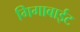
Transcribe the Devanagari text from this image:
गिगाबाईट